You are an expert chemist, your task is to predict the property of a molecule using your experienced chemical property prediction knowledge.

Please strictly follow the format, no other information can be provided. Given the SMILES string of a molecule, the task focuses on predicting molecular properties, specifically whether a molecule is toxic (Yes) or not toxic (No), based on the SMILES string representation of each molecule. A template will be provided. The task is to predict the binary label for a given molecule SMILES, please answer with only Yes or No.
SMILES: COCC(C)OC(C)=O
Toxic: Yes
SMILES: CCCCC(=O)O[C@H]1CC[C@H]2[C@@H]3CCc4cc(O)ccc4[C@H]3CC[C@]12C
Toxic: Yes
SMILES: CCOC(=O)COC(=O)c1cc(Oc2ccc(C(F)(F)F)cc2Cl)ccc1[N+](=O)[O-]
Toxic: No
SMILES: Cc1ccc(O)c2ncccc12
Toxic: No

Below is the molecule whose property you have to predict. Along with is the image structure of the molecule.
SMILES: CC1=C(/C=C/C(C)=C/C=C/C(C)=C/C(=O)Oc2c(C)c(C)c3c(c2C)CC[C@@](C)(CCC[C@H](C)CCC[C@H](C)CCCC(C)C)O3)C(C)(C)CCC1
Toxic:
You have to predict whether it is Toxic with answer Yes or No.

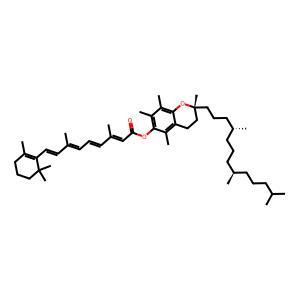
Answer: No